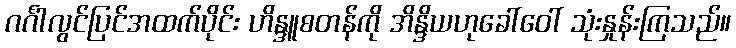
ဂင်္ဂါလွင်ပြင်အထက်ပိုင်း ဟိန္ဒူစတန်ကို အိန္ဒိယဟုခေါ်ဝေါ် သုံးနှုန်းကြသည်။